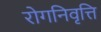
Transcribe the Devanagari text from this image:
रोगनिवृत्ति